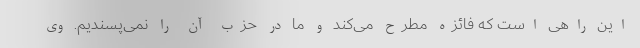
این راهی است که فائزه مطرح می‌کند و ما در حزب آن را نمی‌پسندیم. وی